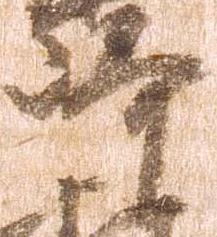
崎